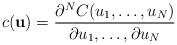
LaTeX: \begin{align*} c(\mathbf{u}) = \frac{\partial^NC(u_1,\ldots,u_N)}{\partial u_1,\ldots,\partial u_N}\end{align*}